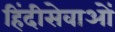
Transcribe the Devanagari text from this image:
हिंदीसेवाओं